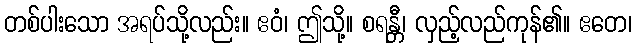
တစ်ပါးသော အရပ်သို့လည်း။ ဧဝံ၊ ဤသို့။ စရန္တီ၊ လှည့်လည်ကုန်၏။ ဧတေ၊